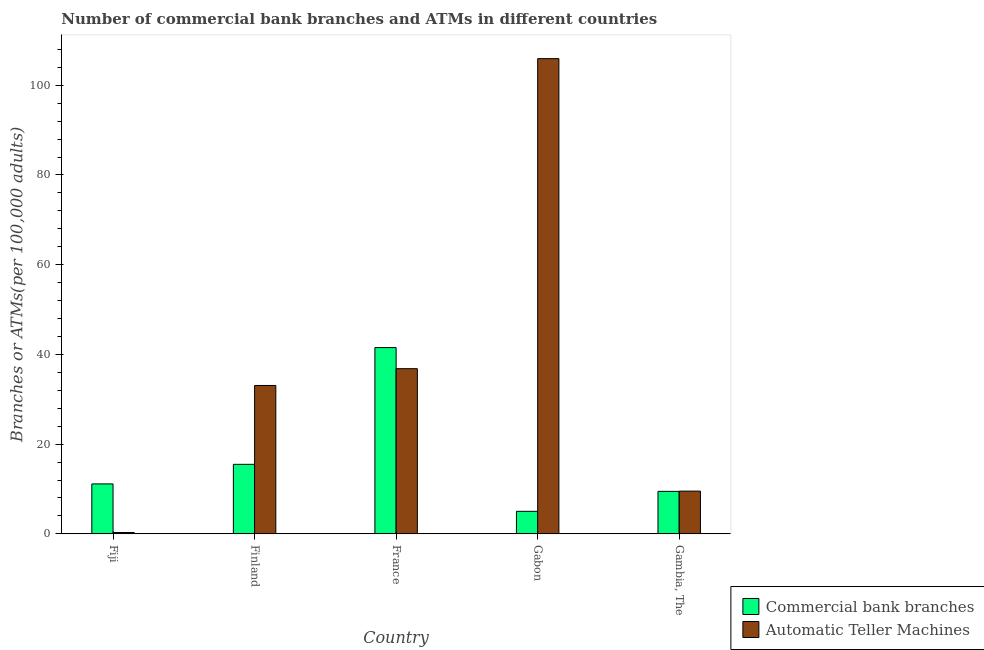
| Country | Commercial bank branches | Automatic Teller Machines |
 | --- | --- | --- |
 | Fiji | 11.1 | 0.3 |
 | Finland | 15.5 | 33.1 |
 | France | 41.5 | 36.8 |
 | Gabon | 5.03 | 106 |
 | Gambia, The | 9.47 | 9.53 |